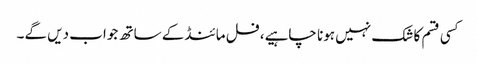
کسی قسم کا شک نہیں ہونا چاہیے، فل مائنڈ کے ساتھ جواب دیں گے۔